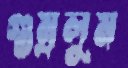
গুম্‌রলুম